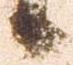
候